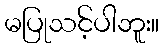
မပြုသင့်ပါဘူး။